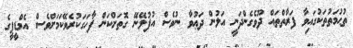
ތުޙުމަތުތަކުގައިވާ ފަރާތްތައް ދޫވެގެންދަނީ އަލުން ދަޢުވާ ނުވެސް އުފުލޭނޭ ގޮތަށްކަން ފާހަގަކުރެވޭކަމަށްވެސް އެމްޑީޕީގެ